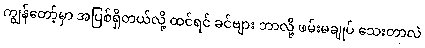
ကျွန်တော့်မှာ အပြစ်ရှိတယ်လို့ ထင်ရင် ခင်ဗျား ဘာလို့ ဖမ်းမချုပ် သေးတာလဲ